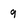
Character: 9